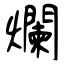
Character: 爛